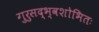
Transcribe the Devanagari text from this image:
गुरुसद्भ्वशोभितः